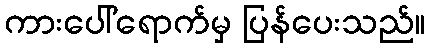
ကားပေါ်ရောက်မှ ပြန်ပေးသည်။